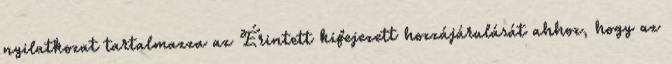
nyilatkozat tartalmazza az Érintett kifejezett hozzájárulását ahhoz, hogy az